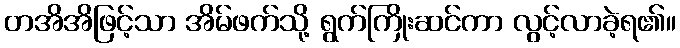
တအိအိဖြင့်သာ အိမ်ဖက်သို့ ရွက်ကြိုးဆင်ကာ လွင့်လာခဲ့ရ၏။